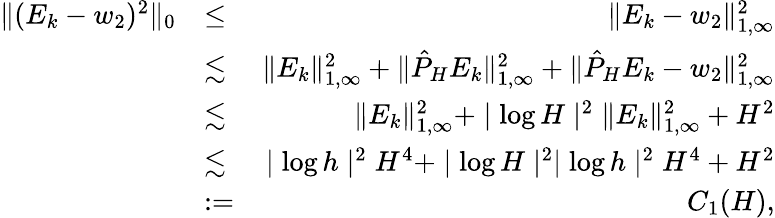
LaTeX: \begin{array}{rlr}{\| (E_{k}-w_{2})^{2}\| _{0}}&{\leq}&{\| E_{k}-w_{2}\| _{1,\infty}^{2}}\\ &{\lesssim}&{\| E_{k}\| _{1,\infty}^{2}+\| \hat{P}_{H}E_{k}\| _{1,\infty}^{2}+\| \hat{P}_{H}E_{k}-w_{2}\| _{1,\infty}^{2}}\\ &{\lesssim}&{\| E_{k}\| _{1,\infty}^{2}+\mid\log H\mid^{2}\| E_{k}\| _{1,\infty}^{2}+H^{2}}\\ &{\lesssim}&{\mid\log h\mid^{2}H^{4}+\mid\log H\mid^{2}\mid\log h\mid^{2}H^{4}+H^{2}}\\ &{:=}&{C_{1}(H),}\end{array}